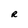
Character: R